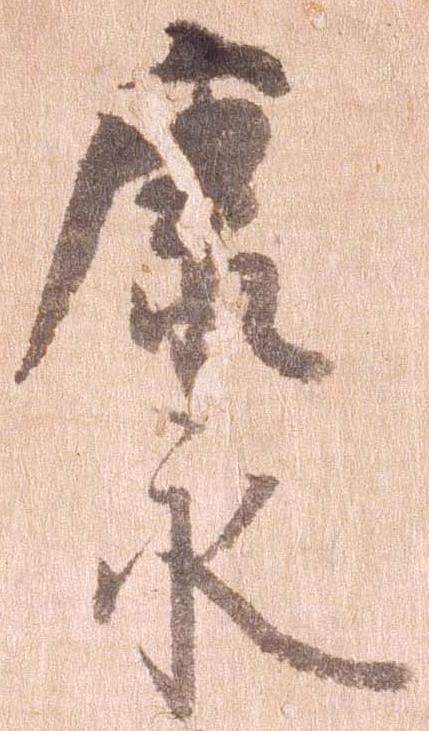
康